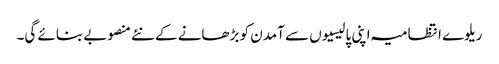
ریلوے انتظامیہ اپنی پالیسیوں سے آمدن کو بڑھانے کے نئے منصوبے بنائے گی۔